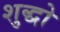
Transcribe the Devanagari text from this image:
शुद्धो